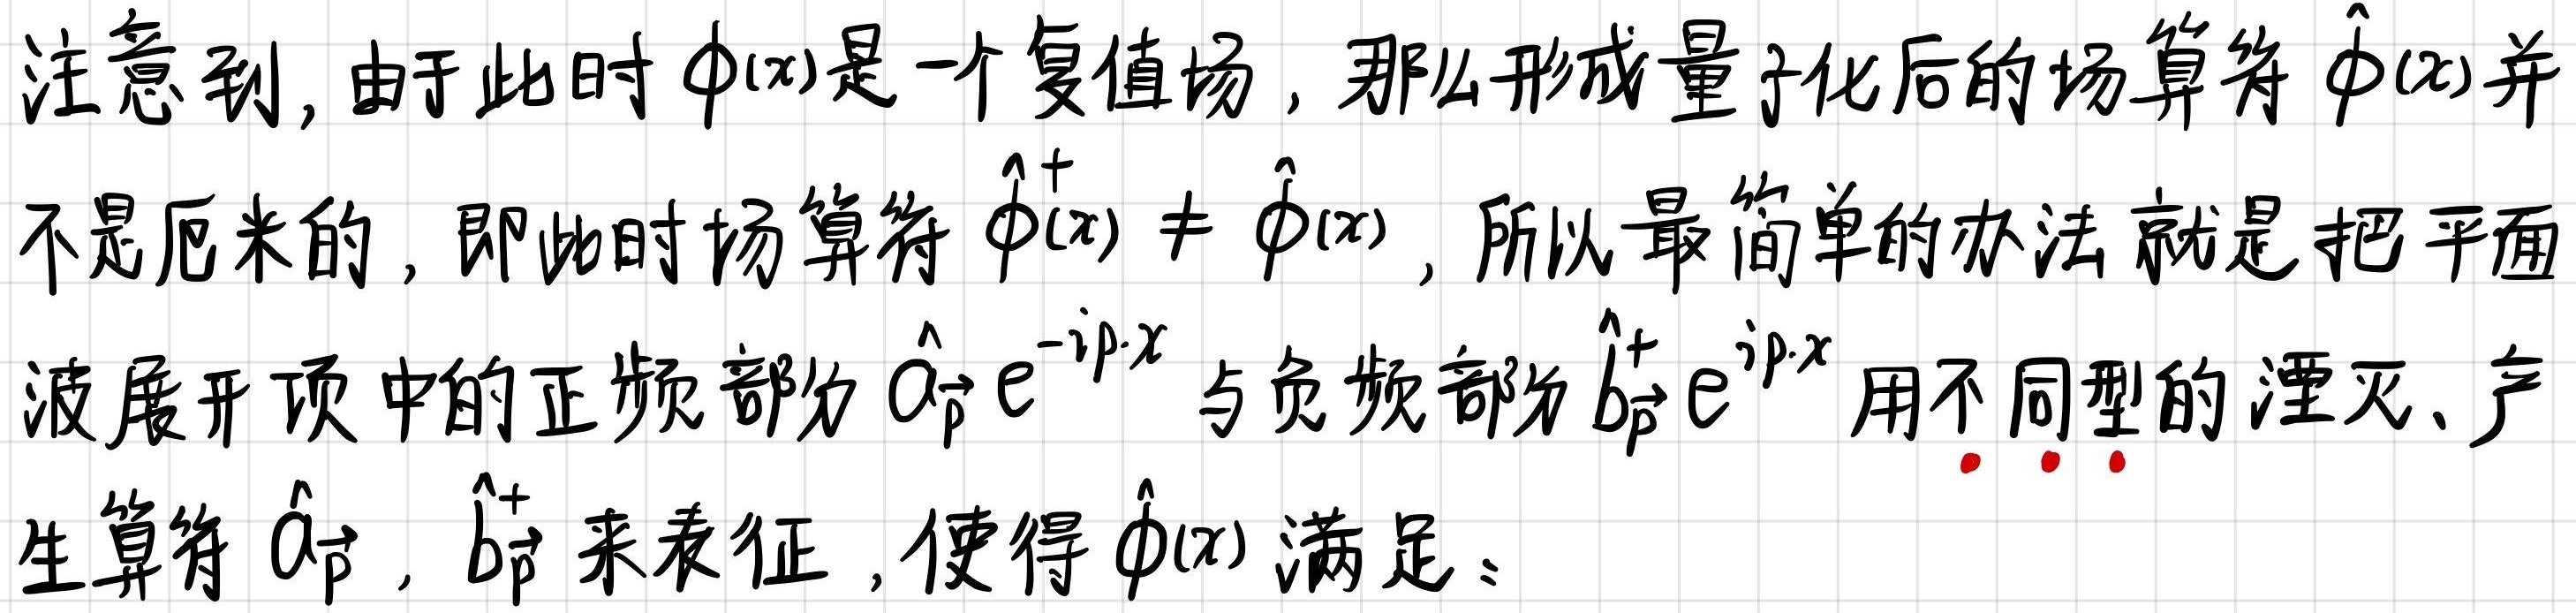
注意到, 由于此时 $\phi(x)$ 是一个复值场, 那么形成量子化后的场算符 $\hat{\phi}(x)$ 并不是厄米的, 即此时场算符 $\hat{\phi}^{\dagger}(x) \neq \hat{\phi}(x)$, 所以最简单的办法就是把平面波展开项中的正频部分 $\hat{a}_{\vec{p}} e^{-i \vec{p} \cdot x}$ 与负频部分 $\hat{b}_{\vec{p}}^{\dagger} e^{i \vec{p} \cdot x}$ 用不同型的湮灭、产生算符 $\hat{a}_{\vec{p}}, \hat{b}_{\vec{p}}^{\dagger}$ 来表征, 使得 $\hat{\phi}(x)$ 满足。